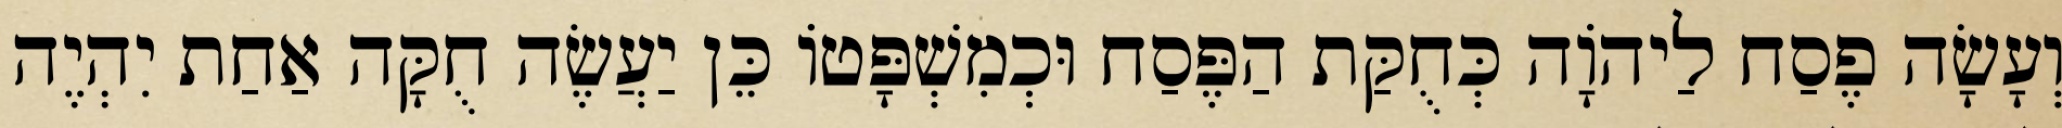
וְעָשָׂה פֶסַח לַיהֹוָה כְּחֻקַּת הַפֶּסַח וּכְמִשְׁפָּטוֹ כֵּן יַעֲשֶׂה חֻקָּה אַחַת יִהְיֶה